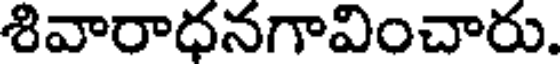
శివారాధనగావించారు.